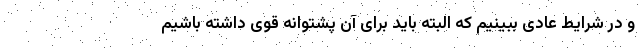
و در شرایط عادی ببینیم که البته باید برای آن پشتوانه قوی داشته باشیم